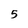
Character: 5